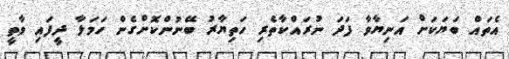
އެތައް ބަޔަކަށް އަނިޔާވާ ފަދަ ނުރައްކާތެރި ހަތިޔާރު ބޭނުންކޮށްގެން ހަމަލާ ދީފައި ވާތީ